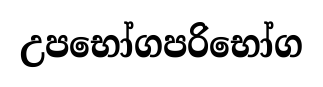
උපභෝගපරිභෝග